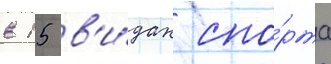
в 15 в'и́дах спо́рта